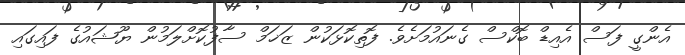
އެންގީ ފަސް އެއިޑް ބޮކްސް ގެނައުމަށެވެ. ފޮތިކޮޅަކުން ޒަޚަމް ސާފުކޮށްލަމުން ޔޫޝައުގެ ފައިގައި